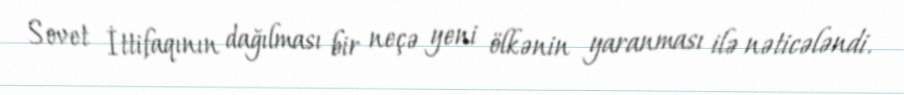
Sovet İttifaqının dağılması bir neçə yeni ölkənin yaranması ilə nəticələndi.